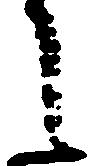
之